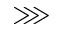
\ggg